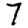
Digit: 7